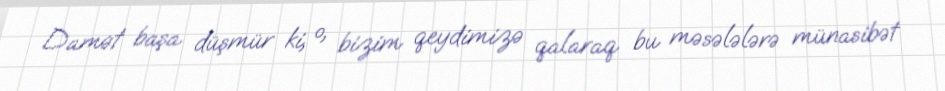
Damət başa düşmür ki, o, bizim qeydimizə qalaraq bu məsələlərə münasibət